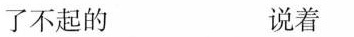
了不起的 说着